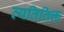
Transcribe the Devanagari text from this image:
व्यतितिक्त